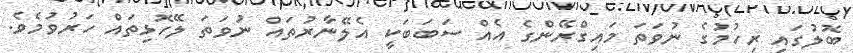
ބޮލުގައި ރިހުމުގެ ނުވަތަ މައިގްރޭންގެ އެއް ސަބަބަކީ އެލޭނާރުތައް ނުވަތަ ލޭހޮޅިތައް ހަރުވުމެވެ.